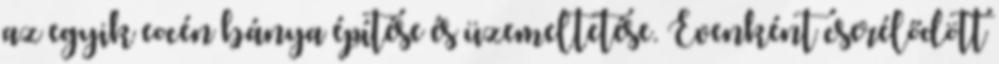
az egyik eocén bánya építése és üzemeltetése. Évenként cserélődött